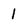
Character: l